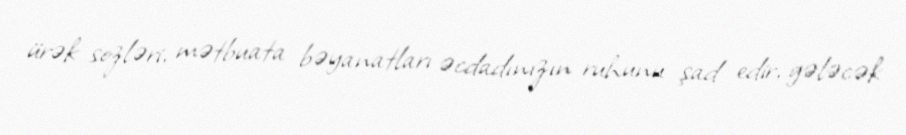
ürək sozləri, mətbuata bəyanatları əcdadınızın ruhunu şad edir, gələcək